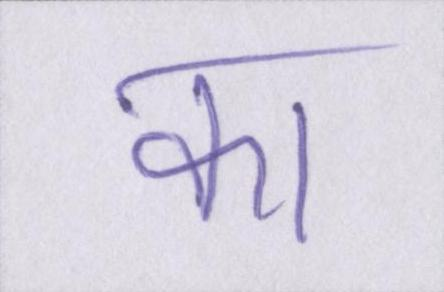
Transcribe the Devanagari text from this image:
का